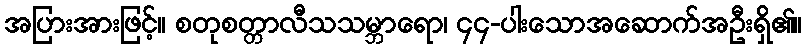
အပြားအားဖြင့်။ စတုစတ္တာလီသသမ္ဘာရော၊ ၄၄-ပါးသောအဆောက်အဦးရှိ၏။